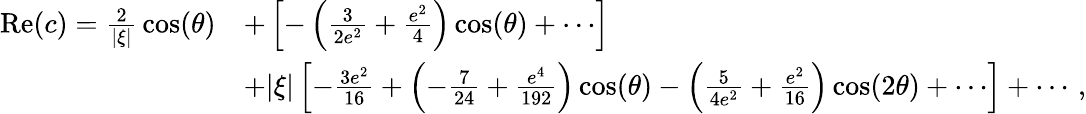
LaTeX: \begin{array}{rl}{\mathrm{Re}(c)={\frac{2}{|\xi|}}\cos(\theta)}&{+\left[-\left({\frac{3}{2e^{2}}}+{\frac{e^{2}}{4}}\right)\cos(\theta)+\cdots\right]}\\ &{+|\xi|\left[-{\frac{3e^{2}}{16}}+\left(-{\frac{7}{24}}+{\frac{e^{4}}{192}}\right)\cos(\theta)-\left({\frac{5}{4e^{2}}}+{\frac{e^{2}}{16}}\right)\cos(2\theta)+\cdots\right]+\cdots\, ,}\end{array}